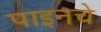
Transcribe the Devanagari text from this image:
पाइनचे